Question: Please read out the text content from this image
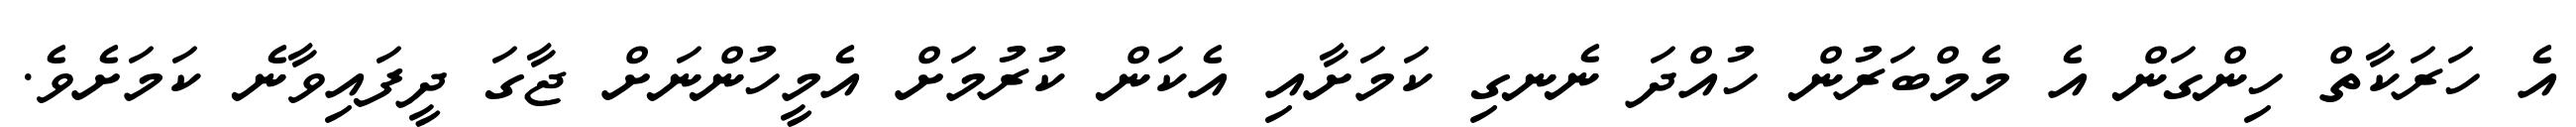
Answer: އެ ހަރަކާތް ހިންގަން އެ މެމްބަރުން ހުއްދަ ނެނގި ކަމަށާއި އެކަން ކުރުމަށް އެމީހުންނަށް ޖާގަ ދީފައިވާނެ ކަމަށެވެ.